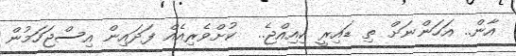
އާން.. އަހަންނަށް ތި ޑައިރީ ކިއިއްޖެ..  ކުށްވެރިއެއް ފަދައިން އިސްޖަހަމުން